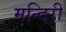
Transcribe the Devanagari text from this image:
मन्दिरी